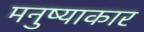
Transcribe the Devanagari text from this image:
मनुष्याकार